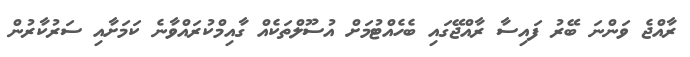
ރާއްޖެ ވަންނަ ބޭރު ފައިސާ ރާއްޖޭގައި ބެހެއްޓުމަށް އުސޫލްތަކެއް ގާއިމްކުރައްވާނެ ކަމަށާއި ސަރުކާރުން